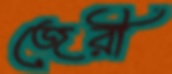
জেরী